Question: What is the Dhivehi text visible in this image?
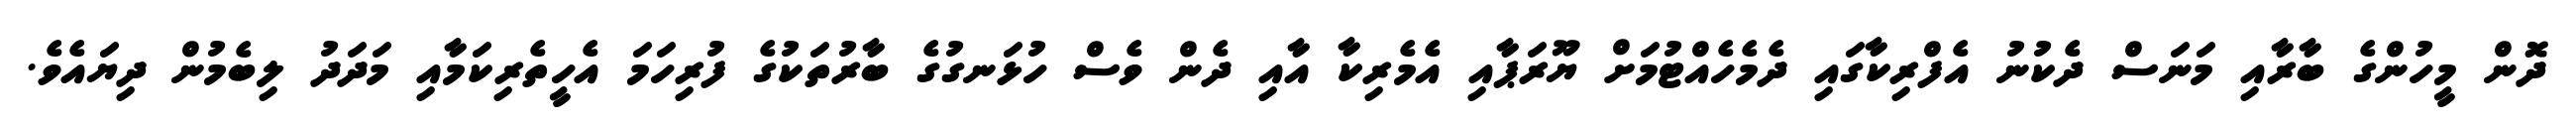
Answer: ދޮން މީހުންގެ ބާރާއި މަނަސް ދެކުނު އެފްރިކާގައި ދެމެހެއްޓުމަށް ޔޫރަޕާއި އެމެރިކާ އާއި ދެން ވެސް ހުޅަނގުގެ ބާރުތަކުގެ ފުރިހަމަ އެހީތެރިކަމާއި މަދަދު ލިބެމުން ދިޔައެވެ.